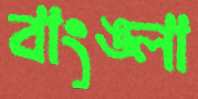
বাংঙ্লা